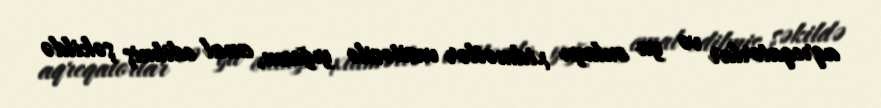
aqreqatorlar və ya onlayn xidmətlər vasitəsilə yığcam, emal edilmiş şəkildə